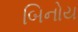
બિનોય